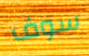
سوف